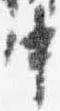
中